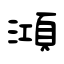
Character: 澒